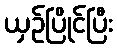
ယှဉ်ပြိုင်ပြီး